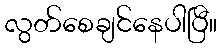
လွတ်စေချင်နေပါပြီ။